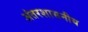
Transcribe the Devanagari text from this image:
अंतरशासनीय